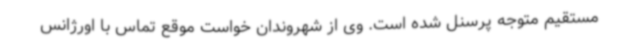
مستقیم متوجه پرسنل شده است. وی از شهروندان خواست موقع تماس با اورژانس